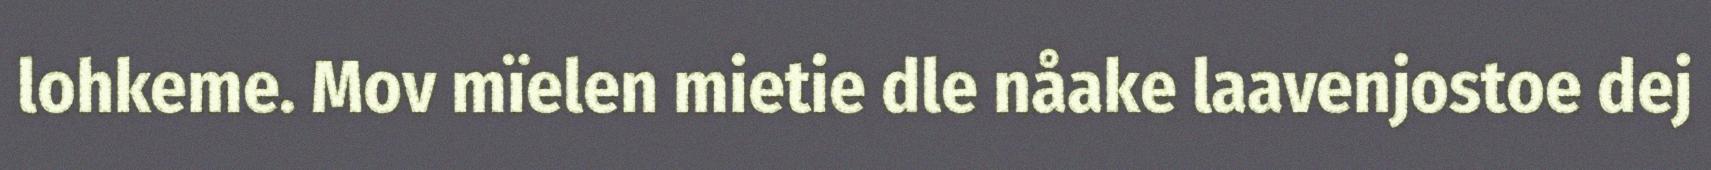
lohkeme. Mov mïelen mietie dle nåake laavenjostoe dej